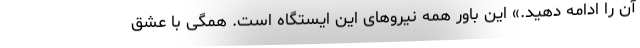
آن را ادامه دهید.» این باور همه نیروهای این ایستگاه است. همگی با عشق